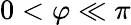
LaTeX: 0<\varphi\ll\pi